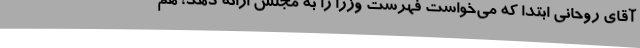
آقای روحانی ابتدا که می‌خواست فهرست وزرا را به مجلس ارائه دهد، هم